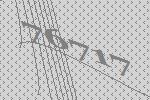
76717